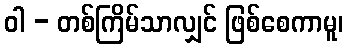
ဝါ - တစ်ကြိမ်သာလျှင် ဖြစ်စေကာမူ၊